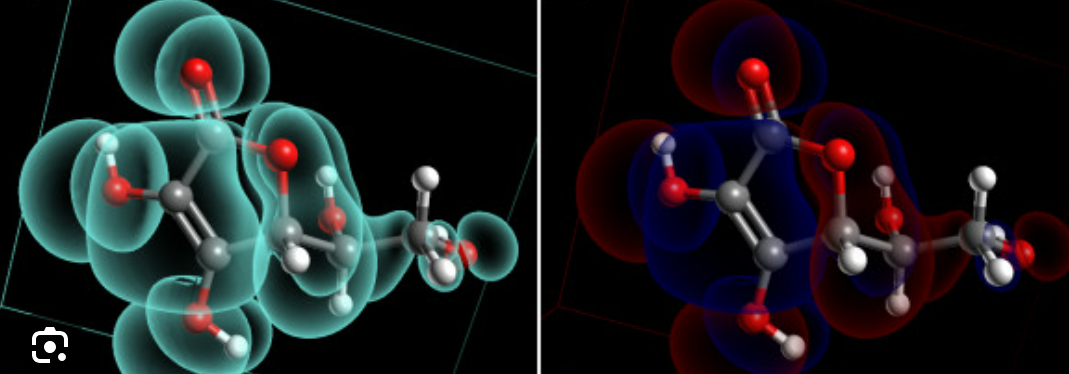
avogadro, ball and sticks, mesh